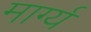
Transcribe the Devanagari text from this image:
मार्ग्य